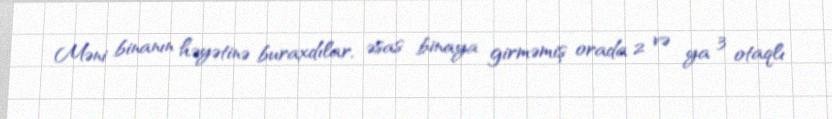
Məni binanın həyətinə buraxdılar, əsas binaya girməmiş orada 2 və ya 3 otaqlı